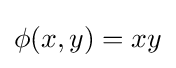
\phi (x,y)=xy